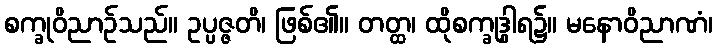
စက္ခုဝိညာဉ်သည်။ ဥပ္ပဇ္ဇတိ၊ ဖြစ်၏။ တတ္ထ၊ ထိုစက္ခုဒွါရ၌။ မနောဝိညာဏံ၊